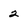
Character: 2